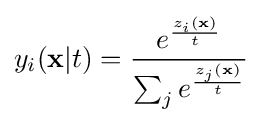
y_{i}(\mathbf {x} |t)={\frac {e^{\frac {z_{i}(\mathbf {x} )}{t}}}{\sum _{j}e^{\frac {z_{j}(\mathbf {x} )}{t}}}}